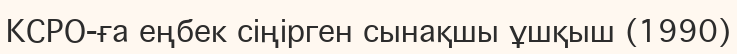
КСРО-ға еңбек сіңірген сынақшы ұшқыш (1990)